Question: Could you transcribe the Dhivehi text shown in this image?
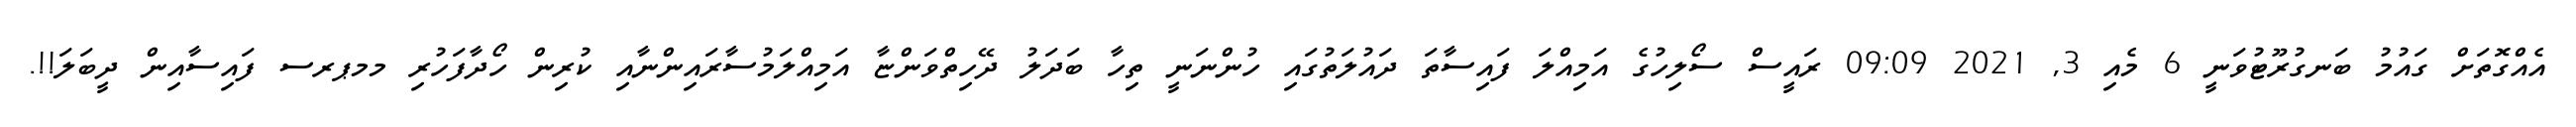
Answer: އެއްގޮތަށް ގައުމު ބަނގުރޫޓުވަނީ 6 މެއި 3, 2021 09:09 ރައީސް ސޯލިހުގެ އަމިއްލަ ފައިސާތަ ދައުލަތުގައި ހުންނަނީ ތިހާ ބަދަލު ދޭހިތްވަންޏާ އަމިއްލަމުސާރައިންނާއި ކުރިން ހޯދާފަހުރި މމޕރސ ފައިސާއިން ދީބަލަ!!.